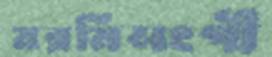
মরমিসংগী